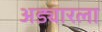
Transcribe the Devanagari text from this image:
अड्यारला